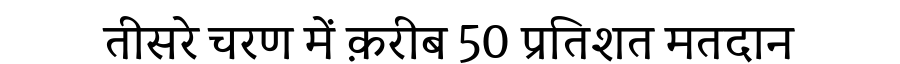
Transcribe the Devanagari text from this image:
तीसरे चरण में क़रीब 50 प्रतिशत मतदान